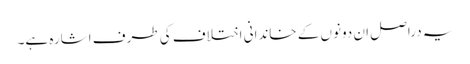
یہ دراصل ان دونوں کے خاندانی اختلاف کی طرف اشارہ ہے۔